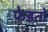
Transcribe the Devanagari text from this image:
फेडतो